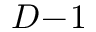
D \! - \! 1